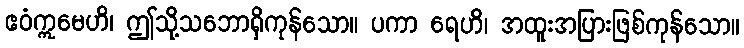
ဧဝံဣမေဟိ၊ ဤသို့သဘောရှိကုန်သော။ ပကာ ရေဟိ၊ အထူးအပြားဖြစ်ကုန်သော။